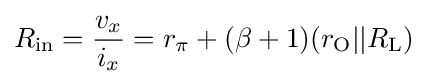
R_{\rm {in}}={\frac {v_{x}}{i_{x}}}=r_{\pi }+(\beta +1)({r_{\rm {O}}}||{R_{\rm {L}}})